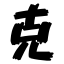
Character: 克